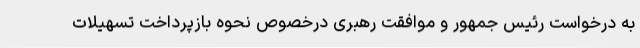
به درخواست رئیس جمهور و موافقت رهبری درخصوص نحوه بازپرداخت تسهیلات